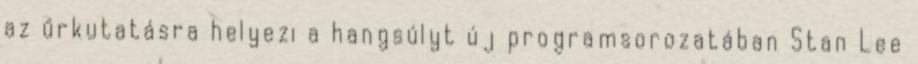
az űrkutatásra helyezi a hangsúlyt új programsorozatában Stan Lee